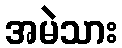
အမဲသား